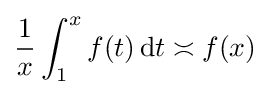
{\frac {1}{x}}\int _{1}^{x}f(t)\,\mathrm {d} t\asymp f(x)